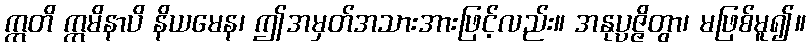
ဣတိ ဣမိနာပိ နိယမေန၊ ဤအမှတ်အသားအားဖြင့်လည်း။ အနုပ္ပဇ္ဇိတွာ၊ မဖြစ်မူ၍။